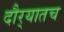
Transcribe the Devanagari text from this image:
दौर्‍यातच